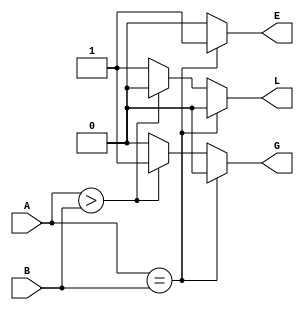
/*
This file contains comparator for 3-bit

Author: Sahil & Shravan
Date: 08-02-2024
*/

module Comparator_3_bit(input [2:0] A,B, output reg L,E,G);
always @(A,B) 
begin
    if (A==B) begin
        L=0;
        E=1;
        G=0;
    end
    else if(A>B) begin
        L=0;
        E=0;
        G=1;
    end
    else begin
        L=1;
        E=0;
        G=0;
    end
end
endmodule